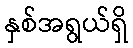
နှစ်အရွယ်ရှိ